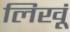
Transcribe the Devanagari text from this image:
लिखूं